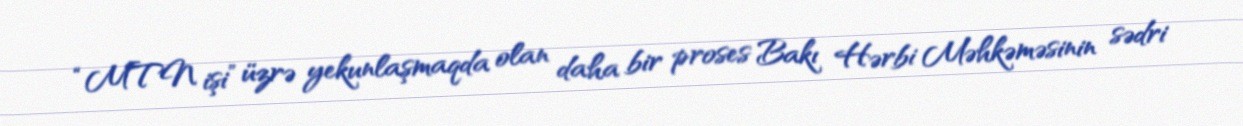
“MTN işi” üzrə yekunlaşmaqda olan daha bir proses Bakı Hərbi Məhkəməsinin sədri